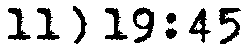
11) 19:45